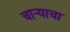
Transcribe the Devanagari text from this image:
चार्‍याचा